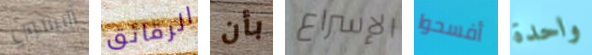
آليسون الرقائق بأن الإسراع أفسحوا واحدة